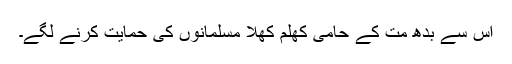
اس سے بدھ مت کے حامی کھلم کھلا مسلمانوں کی حمایت کرنے لگے۔